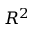
R ^ { 2 }